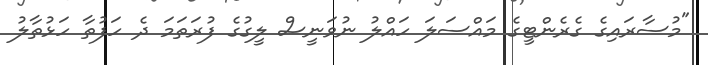
"މުސާރައިގެ ގެރެންޓީގެ މައްސަލަ ހައްލު ނުވަނީސް ލީގުގެ ފުރަތަމަ ދެ ހަފުތާ ހަޅުތާލު